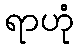
ရာဟုံ